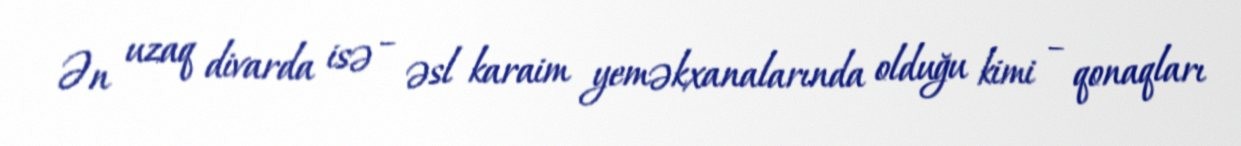
Ən uzaq divarda isə – əsl karaim yeməkxanalarında olduğu kimi – qonaqları